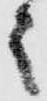
々